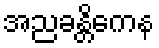
အညခန္တိကေန